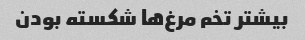
بیشتر تخم مرغ‌ها شکسته بودن